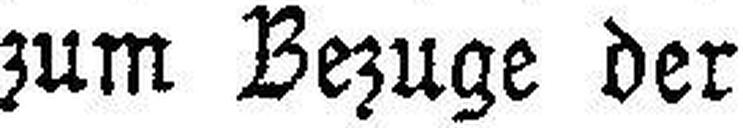
zum Bezuge der